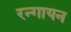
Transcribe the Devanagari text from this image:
रन्गायन